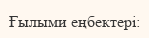
Ғылыми еңбектері: